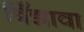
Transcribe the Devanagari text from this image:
बिँझावा